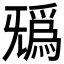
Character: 𣄺